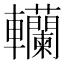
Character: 𨏼